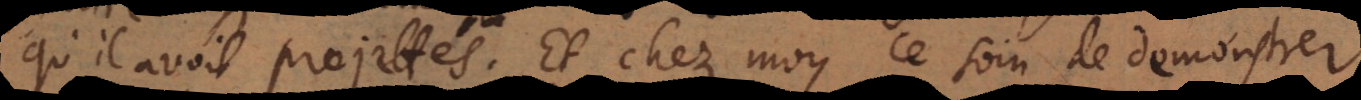
qu’il avoit projettés. Et chez moy ce soin de demonstrer